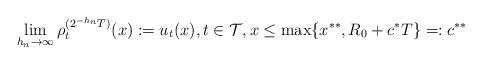
LaTeX: \begin{align*} \lim_{h_n\to \infty} \rho^{(2^{-h_n}T)}_t (x):= u_t(x),t\in \mathcal T, x\le \max\{x^{**},R_0+c^*T\}=:c^{**}\end{align*}